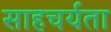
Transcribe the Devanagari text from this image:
साहचर्यता